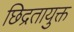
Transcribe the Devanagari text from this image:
छिद्रतायुक्त